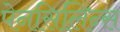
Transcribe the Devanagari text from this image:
पेनसिलिन्स